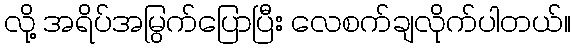
လို့ အရိပ်အမြွက်ပြောပြီး လေစက်ချလိုက်ပါတယ်။